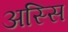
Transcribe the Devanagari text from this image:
अस्सि